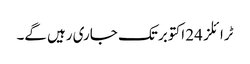
ٹرائلز 24 اکتوبر تک جاری رہیں گے۔